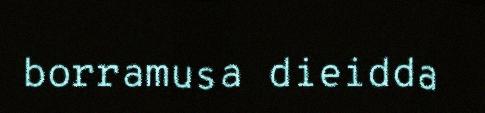
borramusa dieidda